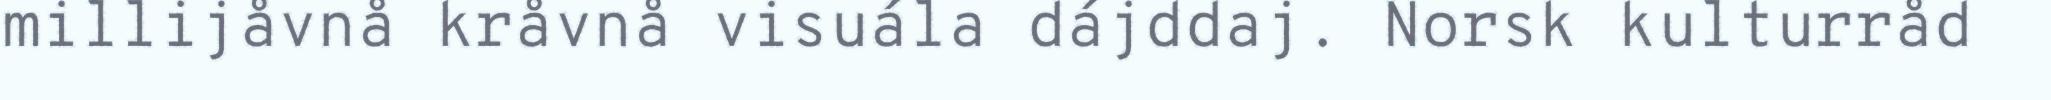
millijåvnå kråvnå visuála dájddaj. Norsk kulturråd